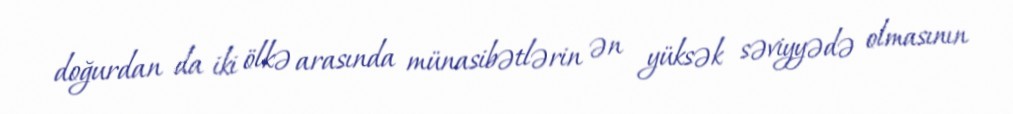
doğurdan da iki ölkə arasında münasibətlərin ən yüksək səviyyədə olmasının